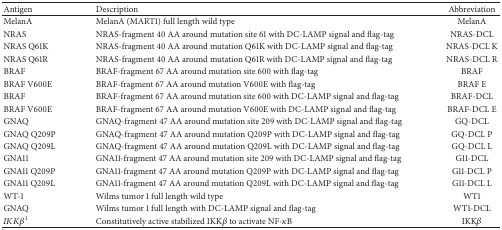
<table><thead><tr><td><b>Antigen</b></td><td><b>Description</b></td><td><b>Abbreviation</b></td></tr></thead><tbody><tr><td>MelanA</td><td>MelanA (MART1) full length wild type</td><td>MelanA</td></tr><tr><td>NRAS</td><td>NRAS-fragment 40 AA around mutation site 61 with DC-LAMP signal and flag-tag</td><td>NRAS-DCL</td></tr><tr><td>NRAS Q61K</td><td>NRAS-fragment 40 AA around mutation Q61K with DC-LAMP signal and flag-tag</td><td>NRAS-DCL K</td></tr><tr><td>NRAS Q61R</td><td>NRAS-fragment 40 AA around mutation Q61R with DC-LAMP signal and flag-tag</td><td>NRAS-DCL R</td></tr><tr><td>BRAF</td><td>BRAF-fragment 67 AA around mutation site 600 with flag-tag</td><td>BRAF</td></tr><tr><td>BRAF V600E</td><td>BRAF-fragment 67 AA around mutation V600E with flag-tag</td><td>BRAF E</td></tr><tr><td>BRAF</td><td>BRAF-fragment 67 AA around mutation site 600 with DC-LAMP signal and flag-tag</td><td>BRAF-DCL</td></tr><tr><td>BRAF V600E</td><td>BRAF-fragment 67 AA around mutation V600E with DC-LAMP signal and flag-tag</td><td>BRAF-DCL E</td></tr><tr><td>GNAQ</td><td>GNAQ-fragment 47 AA around mutation site 209 with DC-LAMP signal and flag-tag</td><td>GQ-DCL</td></tr><tr><td>GNAQ Q209P</td><td>GNAQ-fragment 47 AA around mutation Q209P with DC-LAMP signal and flag-tag</td><td>GQ-DCL P</td></tr><tr><td>GNAQ Q209L</td><td>GNAQ-fragment 47 AA around mutation Q209L with DC-LAMP signal and flag-tag</td><td>GQ-DCL L</td></tr><tr><td>GNA11</td><td>GNA11-fragment 47 AA around mutation site 209 with DC-LAMP signal and flag-tag</td><td>G11-DCL</td></tr><tr><td>GNA11 Q209P</td><td>GNA11-fragment 47 AA around mutation Q209P with DC-LAMP signal and flag-tag</td><td>G11-DCL P</td></tr><tr><td>GNA11 Q209L</td><td>GNA11-fragment 47 AA around mutation Q209L with DC-LAMP signal and flag-tag</td><td>G11-DCL L</td></tr><tr><td>WT-1</td><td>Wilms tumor 1 full length wild type</td><td>WT1</td></tr><tr><td>GNAQ</td><td>Wilms tumor 1 full length with DC-LAMP signal and flag-tag</td><td>WT1-DCL</td></tr><tr><td><i>IKKβ</i><sup>1</sup></td><td>Constitutively active stabilized IKK<i>β</i> to activate NF-<i>κ</i>B</td><td>IKK<i>β</i></td></tr></tbody></table>